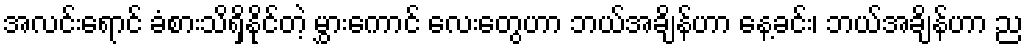
အလင်းရောင် ခံစားသိရှိနိုင်တဲ့ မွှားကောင် လေးတွေဟာ ဘယ်အချိန်ဟာ နေ့ခင်း၊ ဘယ်အချိန်ဟာ ည